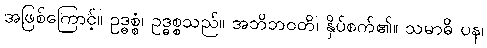
အဖြစ်ကြောင့်။ ဥဒ္ဓစ္စံ၊ ဥဒ္ဓစ္စသည်။ အဘိဘဝတိ၊ နှိပ်စက်၏။ သမာဓိ ပန၊